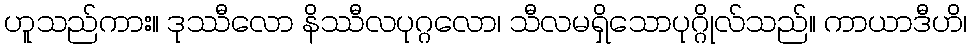
ဟူသည်ကား။ ဒုဿီလော နိဿီလပုဂ္ဂလော၊ သီလမရှိသောပုဂ္ဂိုလ်သည်။ ကာယာဒီဟိ၊